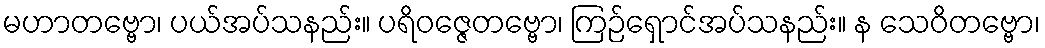
မဟာတဗ္ဗော၊ ပယ်အပ်သနည်း။ ပရိဝဇ္ဇေတဗ္ဗော၊ ကြဉ်ရှောင်အပ်သနည်း။ န သေဝိတဗ္ဗော၊